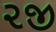
૨જી